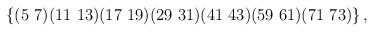
LaTeX: \begin{align*}\left\{ (5\ 7) (11\ 13) (17\ 19) (29\ 31) (41\ 43) (59\ 61) (71\ 73) \right\} ,\end{align*}